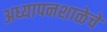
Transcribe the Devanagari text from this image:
अध्यापनशाळेचे